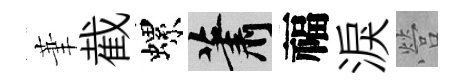
茟截螺蕭福淚營